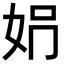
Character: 𡛱